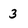
Character: 3